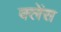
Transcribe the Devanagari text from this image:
क्लेंस